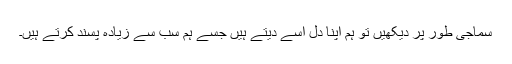
سماجی طور پر دیکھیں تو ہم اپنا دل اسے دیتے ہیں جسے ہم سب سے زیادہ پسند کرتے ہیں۔